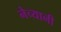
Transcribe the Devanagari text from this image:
नेच्यानी